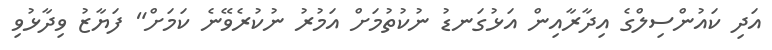
އަދި ކައުންސިލްގެ އިދާރާއިން އަޅުގަނޑު ނުކުތުމަށް އަމުރު ނުކުރެވޭނެ ކަމަށް" ފަޔާޒު ވިދާޅުވި